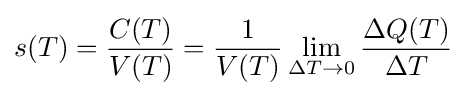
s(T)={\frac {C(T)}{V(T)}}={\frac {1}{V(T)}}\lim _{\Delta T\to 0}{\frac {\Delta Q(T)}{\Delta T}}